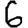
Digit: 6